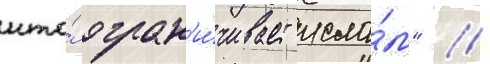
кто́ огран'и́чивает исла́м" //